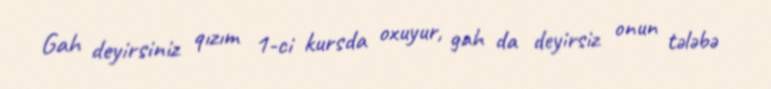
Gah deyirsiniz qızım 1-ci kursda oxuyur, gah da deyirsiz onun tələbə